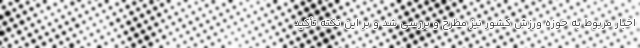
اخبار مربوط به حوزه ورزش کشور نیز مطرح و بررسی شد و بر این نکته تأکید